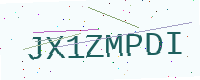
Text: JX1ZMPDI